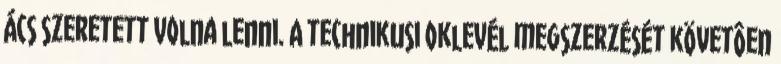
ács szeretett volna lenni. A technikusi oklevél megszerzését követôen